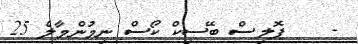
-    ޕޮލިސް ބޭސިކް ކޯސް ނިމުންމާލެ 25